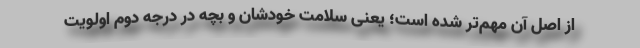
از اصل آن مهم‌تر شده است؛‌ یعنی سلامت خودشان و بچه در درجه دوم اولویت